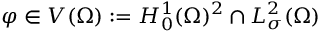
\boldsymbol { \varphi } \in V ( \Omega ) : = H _ { 0 } ^ { 1 } ( \Omega ) ^ { 2 } \cap L _ { \sigma } ^ { 2 } ( \Omega )